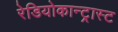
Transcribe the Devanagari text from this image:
रेडियोकान्ट्रास्ट